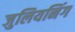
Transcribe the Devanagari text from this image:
जुलियनिंग